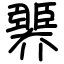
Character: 臩